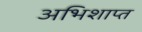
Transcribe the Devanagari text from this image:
अभिशाप्त